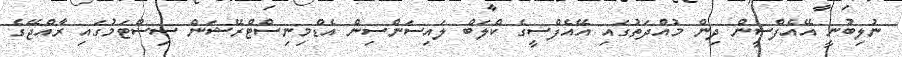
ނުލިބުނީ އޭއެފްސީން ދިން މުއްދަތުގައި އޭއެފްސީގެ ކްލަބް ލައިސަންސިން އެޑްމިނިސްޓްރޭޝަން ސިސްޓަމުގައި ރާއްޖޭގެ